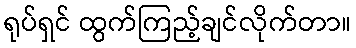
ရုပ်ရှင် ထွက်ကြည့်ချင်လိုက်တာ။